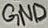
Text: GND